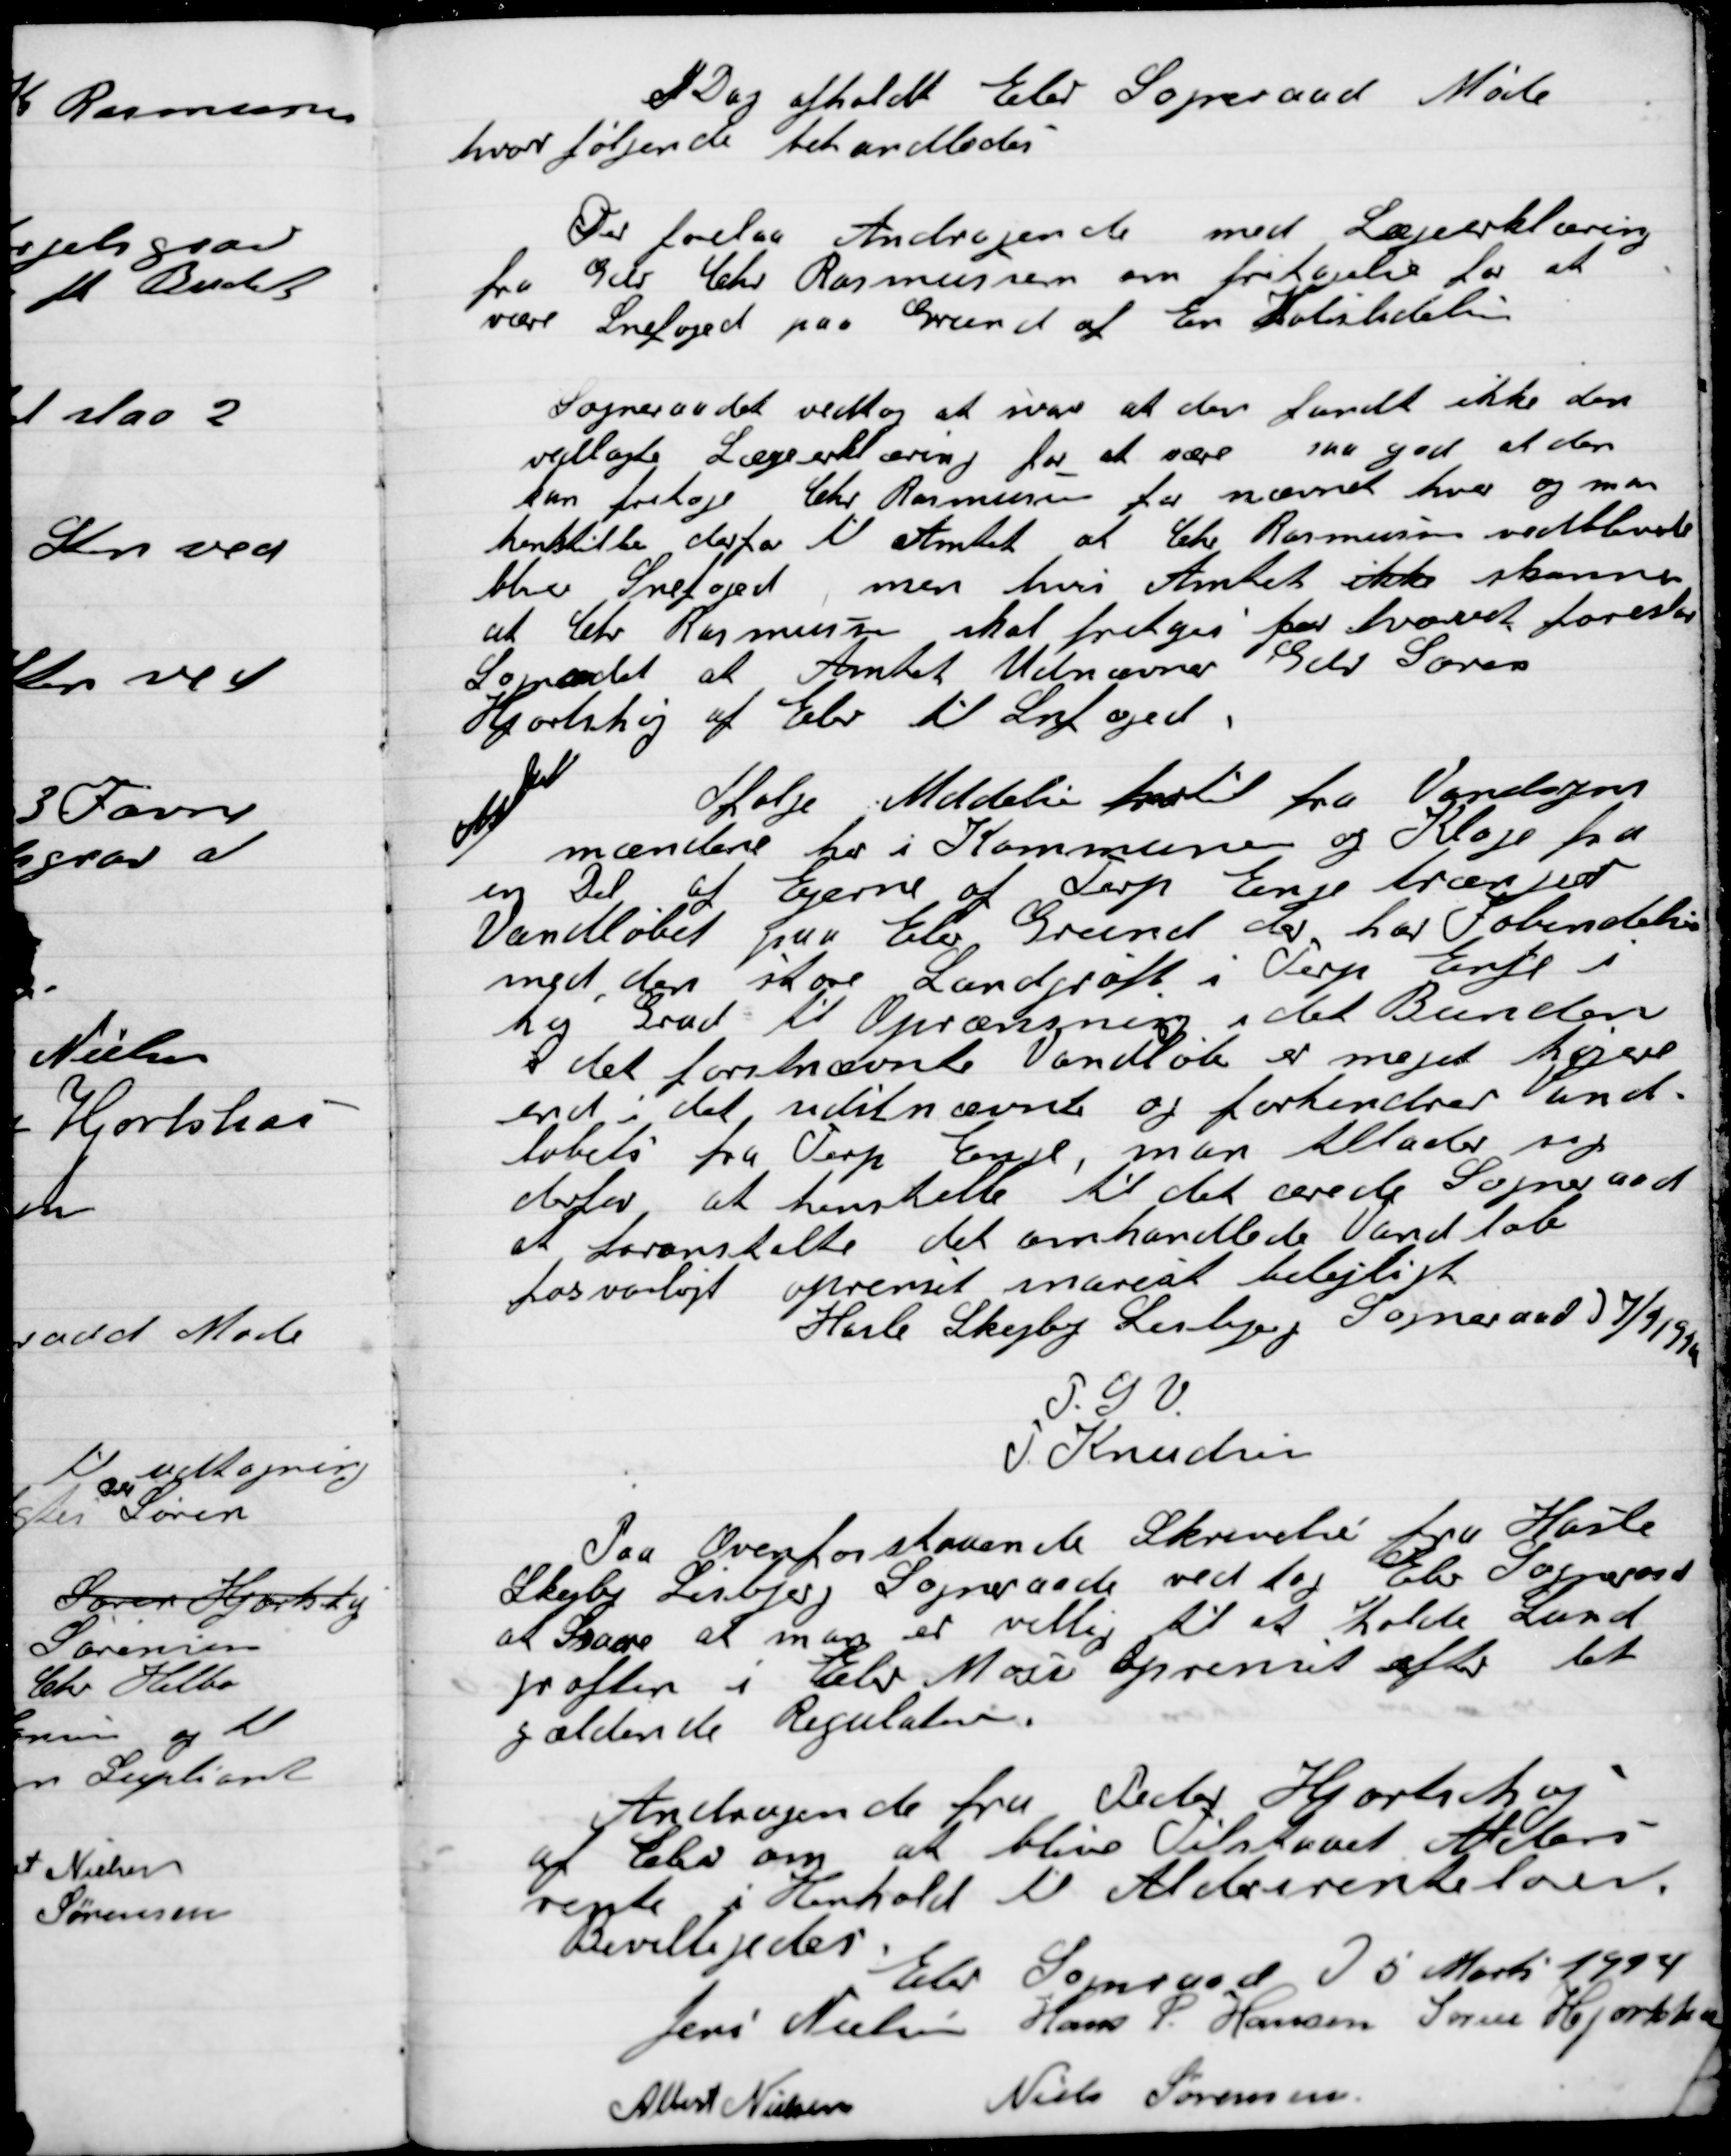
Transskription:
I Dag afholdt Elev Sogneraad Møde
hvor følgende Behandledes

Der forelaa Andragende med Lægeerklæring
fra Gdr. Chr. Rasmussen om fritagelse for at
være Snefoged paa Grund af En Halslidelse.

Sogneraadet vedtog at svare at der fandt ikke den
Vedlagte Lægeerklæring for at være saa god at den
kan fritage Chr. Rasmussen for nævnte hverv og man
henstiller derfor til Amtet at Chr. Rasmussen vedblivende
bliver Snefoged men hvis Amtet ikke skønner
at Chr. Rasmussen skal fritages for hvervet foreslaar
Sogneraadet at Amtet Udnævner Gdr. Søren
Hjortshøj af Elev til Snefoged.

Afskrift
Ifølge Meddelelse hertil fra Vandsyns-
mændene her i Kommunen og Klage fra
en Del af Ejerne af Terp Enge trænger
Vandløbet paa Elev Grund der har Forbindelse
med den store Landgrøft i Terp Enge i
høj Grad til Oprensning idet Bunden
I det førstnævnte vandløb er meget højere
end i det sidstnævnt og forhindre Vand-
løbet fra Terp Enge, man tillader sig
derfor, at henstille til det ærede Sogneraad
at foranstalte det omhandlede Vandløb
forsvarligt oprenset snarest belejligt.
Hasle Skejby Lisbjerg Sogneraad D. 7/9 1923
P.Y.V.
J. Kristensen

Paa Ovenforstaaende Skriveri fra Hasle
Skejby Lisbjerg Sogneraad vedtog Elev Sogneraad
at Svare at man er villig til at holde Land-
grøften i Elev Mose Oprenset efter det
gældende Regulativ.

Andragende fra Peder Hjortshøj
af Elev om at blive Tilstaaet Alders-
rente i Henhold Aldersrente loven.
Bevilgedes.

Elev Sogneraad D. 5. Marts 1924

Jens Nielsen
Hans P. Hansen
Søren Hjortshøi
Albert Nielsen
Niels Sørensen